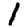
Digit: 1